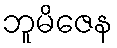
ဘူမိဇေန